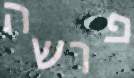
פרשה